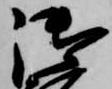
御